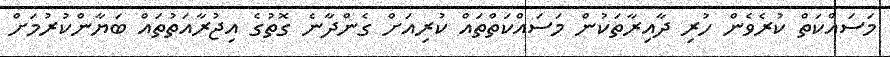
މަސައްކަތް ކުރެވެން ހުރި ދާއިރާތަކުން މަސައްކަތްތައް ކުރިއަށް ގެންދާނެ ގޮތުގެ އިޖުރާއަތުތައް ބަޔާންކުރުމަށް